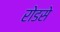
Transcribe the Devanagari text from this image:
रोडसे